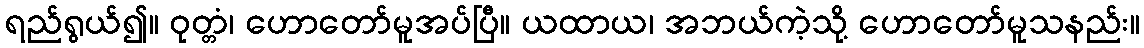
ရည်ရွယ်၍။ ဝုတ္တံ၊ ဟောတော်မူအပ်ပြီ။ ယထာယ၊ အဘယ်ကဲ့သို့ ဟောတော်မူသနည်း။